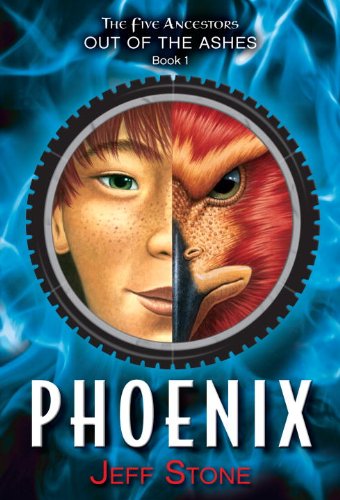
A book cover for Five Ancestors Out of the Ashes #1: Phoenix; Jeff Stone; Children's Books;